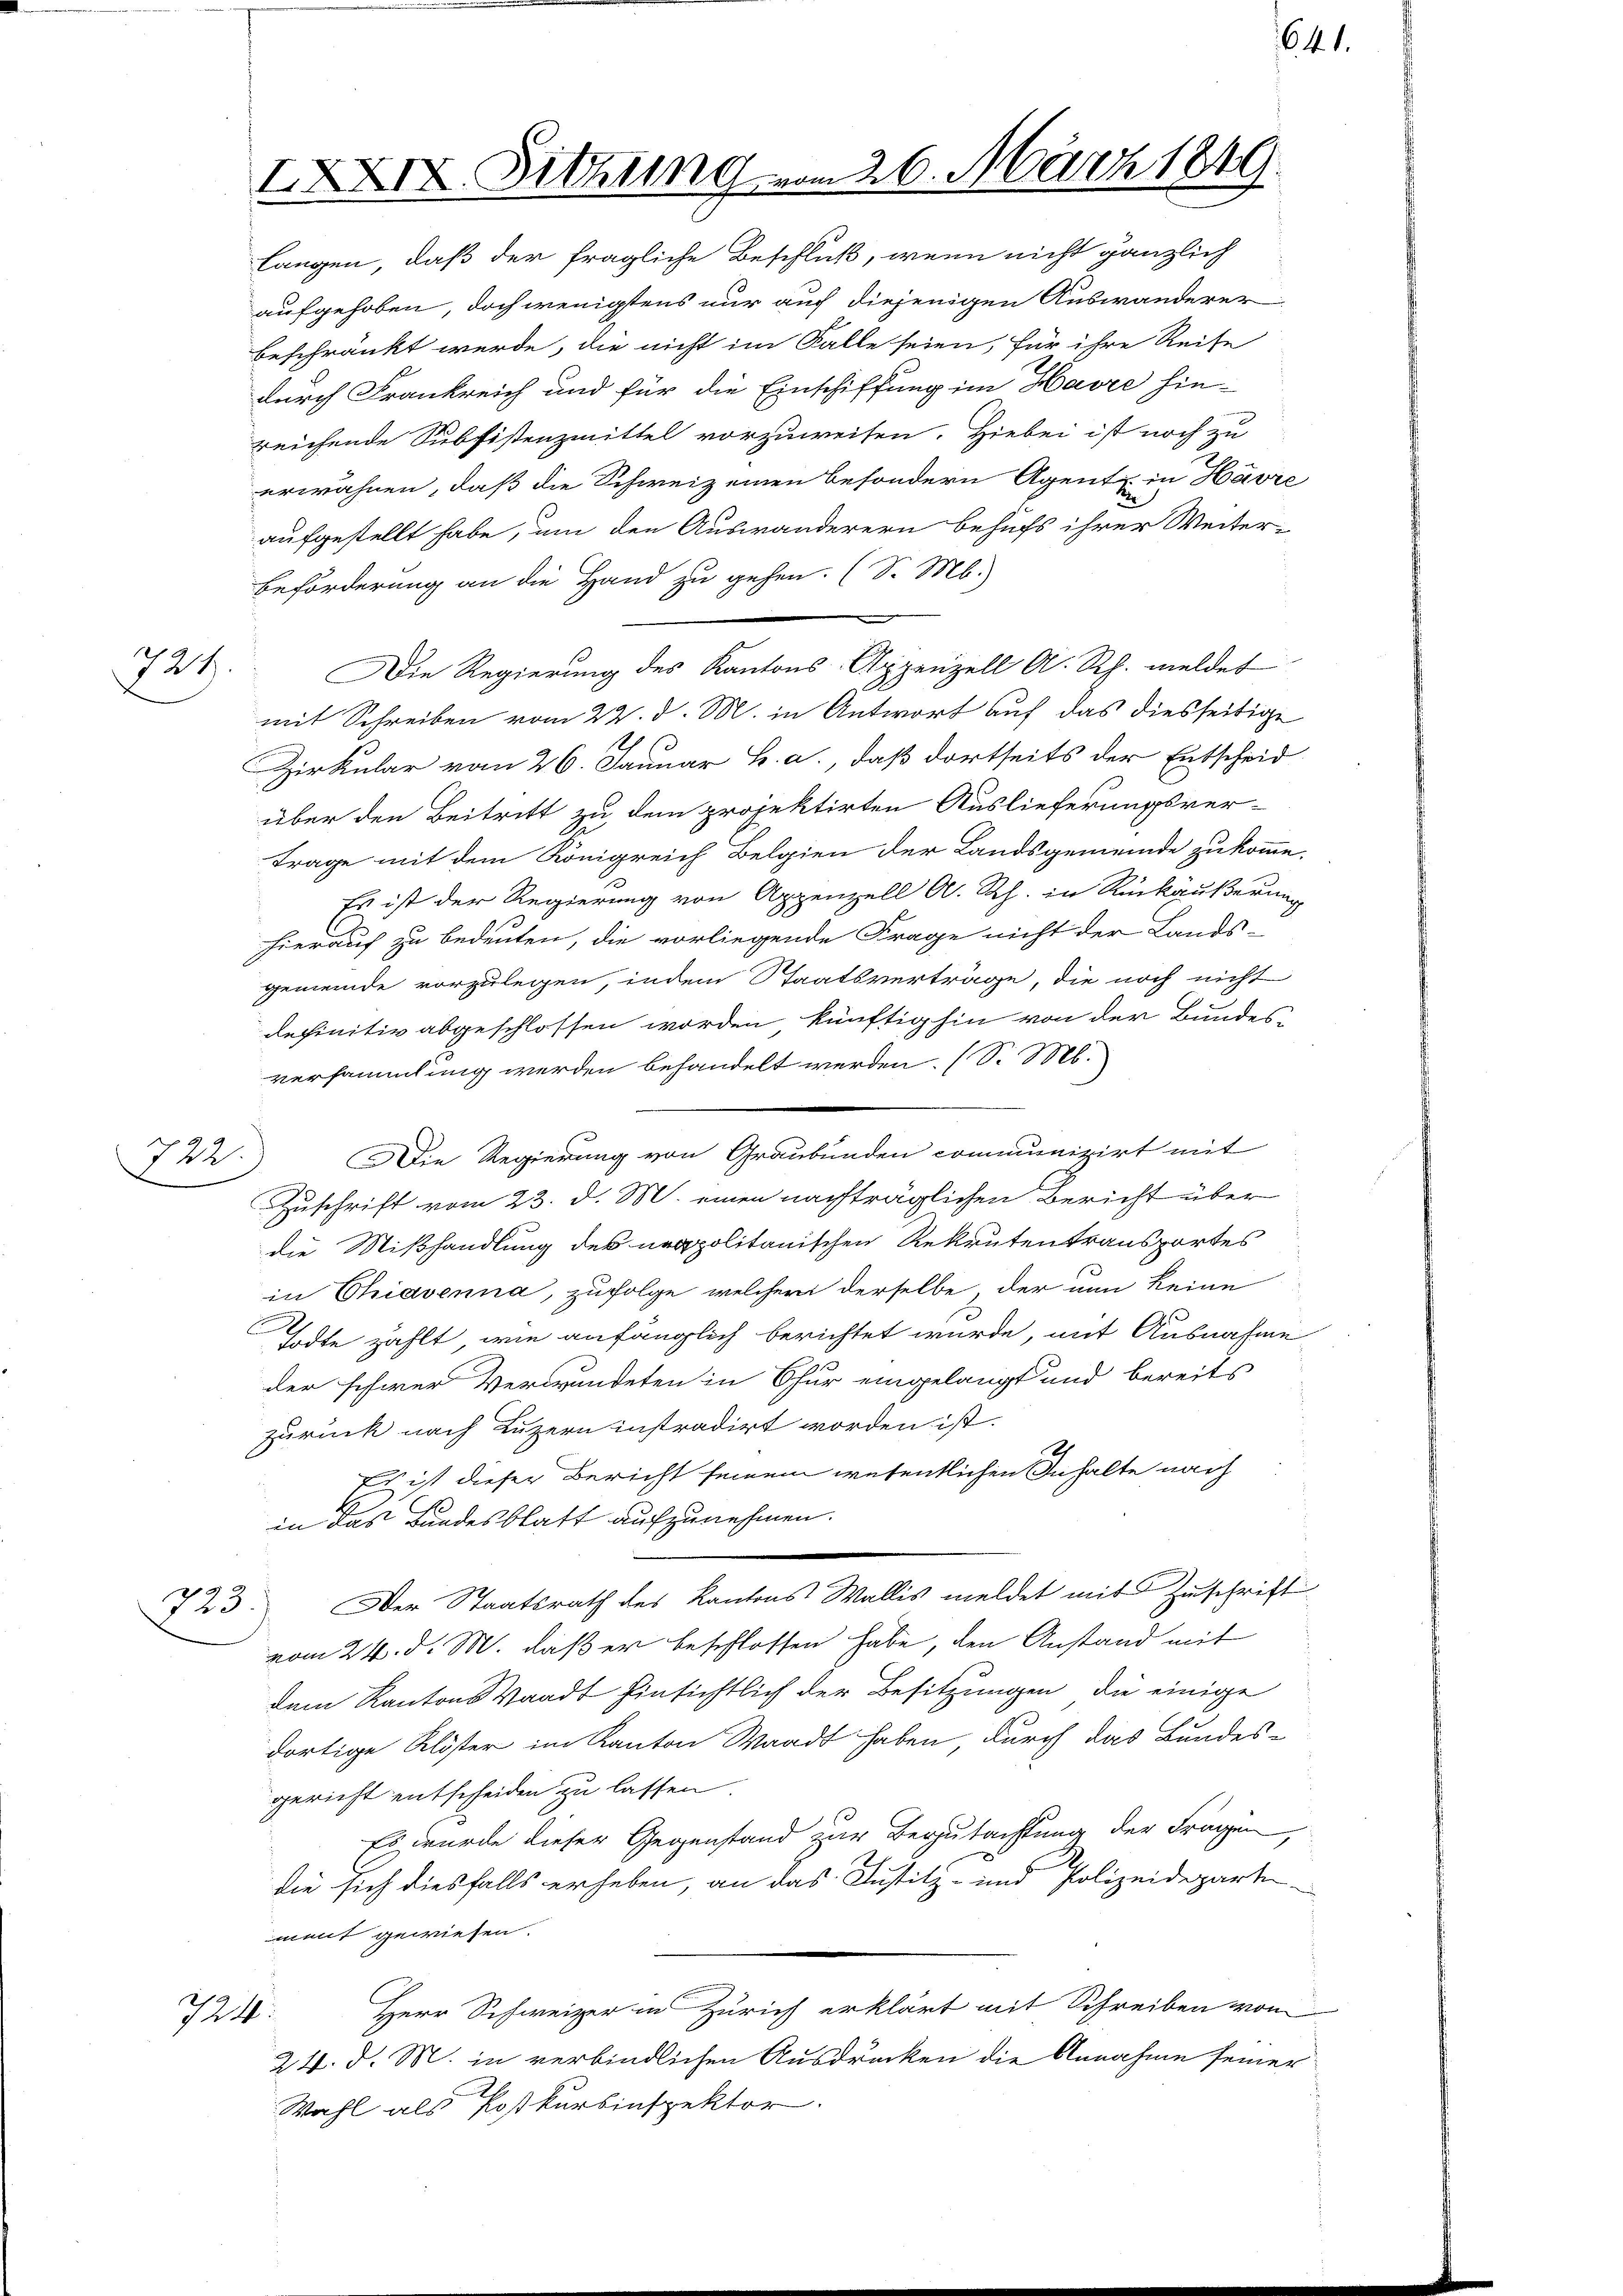
722.
.
e

Langen, daß der fragliche Beschluß, wenn nicht gänzlich
aufgehoben, doch wenigstens nur auch diejenigen Auswanderer
beschränkt werde, die nicht im Falle seien, für ihre Reise
durch Frankreich und für die Einschiffung im Havre hie-
reichende Subsistenzmittel vorzuweisen. Hiebei ist noch zu
erwähnen, daß die Schweiz einen besondern Agente in Havre
aufgestellt habe, um den Auswanderern behufs ihrer Weiter-
Beförderung an die Hand zu gehen. (S. M.
731. Die Regierung des Kantons Appenzell A. Rh. meldet
mit Schreiben vom 22. d. M. in Antwort auf das diesseitige
Zirkular vom 26. Januar h. a., daß dortseits der Entscheid
über den Beitritt zu dem projektirten Auslieferungsver-
trage mit dem Königreich Belgien der Landsgemeinde zukomme.
Es ist der Regierung von Appenzell A. Rh. in Rückäußerung
hierauf zu bedeuten, die vorliegende Frage nicht der Lands-
gemeinde vorzulegen, indem Staatsverträge, die noch nicht
definitiv abgeschlossen worden künftig hin von der Bundes-
versammlung werden behandelt werden. (S. M.
Die Regierung von Graubünden communizirt mit
Zuschrift vom 23. d. M. einen nachträglichen Bericht über
die Mißhandlung des politanischen Rekrutentransportes
in Chiavenna, zufolge, welchem derselbe, der nun keine
Todte zählt, wie anfänglich berichtet wurde, mit Ausnahme
der schwer Verwundeten in Chur eingelangt und bereits
zurück nach Luzern instradirt worden ist.
Es ist dieser Bericht seinem wesentlichen Inhalte nach
in das Bundesblatt aufzunehmen.
723. Der Staatsrath des Kantons Wallis meldet mit Zuschrift
vom 24. d. M. daß er beschlossen habe, den Anstand mit
dem Kantons Waadt hinsichtlich der Besitzungen, die einige
dortige Klöster im Kanton Waadt haben, durch das Bundes-
gericht entscheiden zu lassen.
Es wurde dieser Gegenstand zur Begutachtung der Fragen,
die sich diesfalls erheben, an das Justitz- und Polizeideparte
ment gewiesen.
Herr Schweizer in Zürich erklärt mit Schreiben von
724.
24. d. M. in verbindlichen Ausdrucken die Annahme seiner
Wahl als Postkursinspektor.

IXXIX. Sitzung vom 26. März 1849

641.